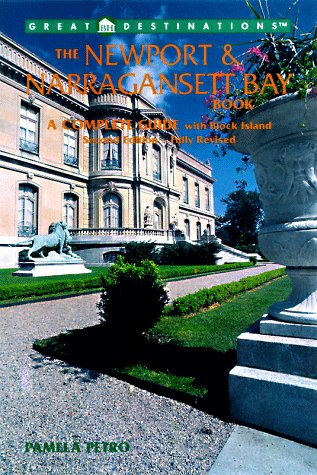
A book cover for The Newport & Narragansett Bay Book, 2nd Edition: A Complete Guide with Block Island (Newport and Narragansett Bay Book); Pamela Petro; Travel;